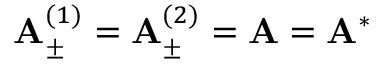
{ \bf A } _ { \pm } ^ { ( 1 ) } = { \bf A } _ { \pm } ^ { ( 2 ) } = { \bf A } = { \bf A } ^ { * }